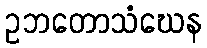
ဥဘတောသံဃေန